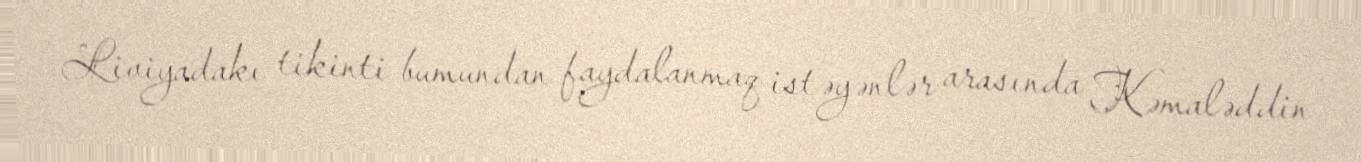
Liviyadakı tikinti bumundan faydalanmaq istəyənlər arasında Kəmaləddin